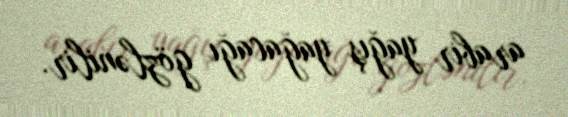
arabir yağış yağacağı gözlənilir.